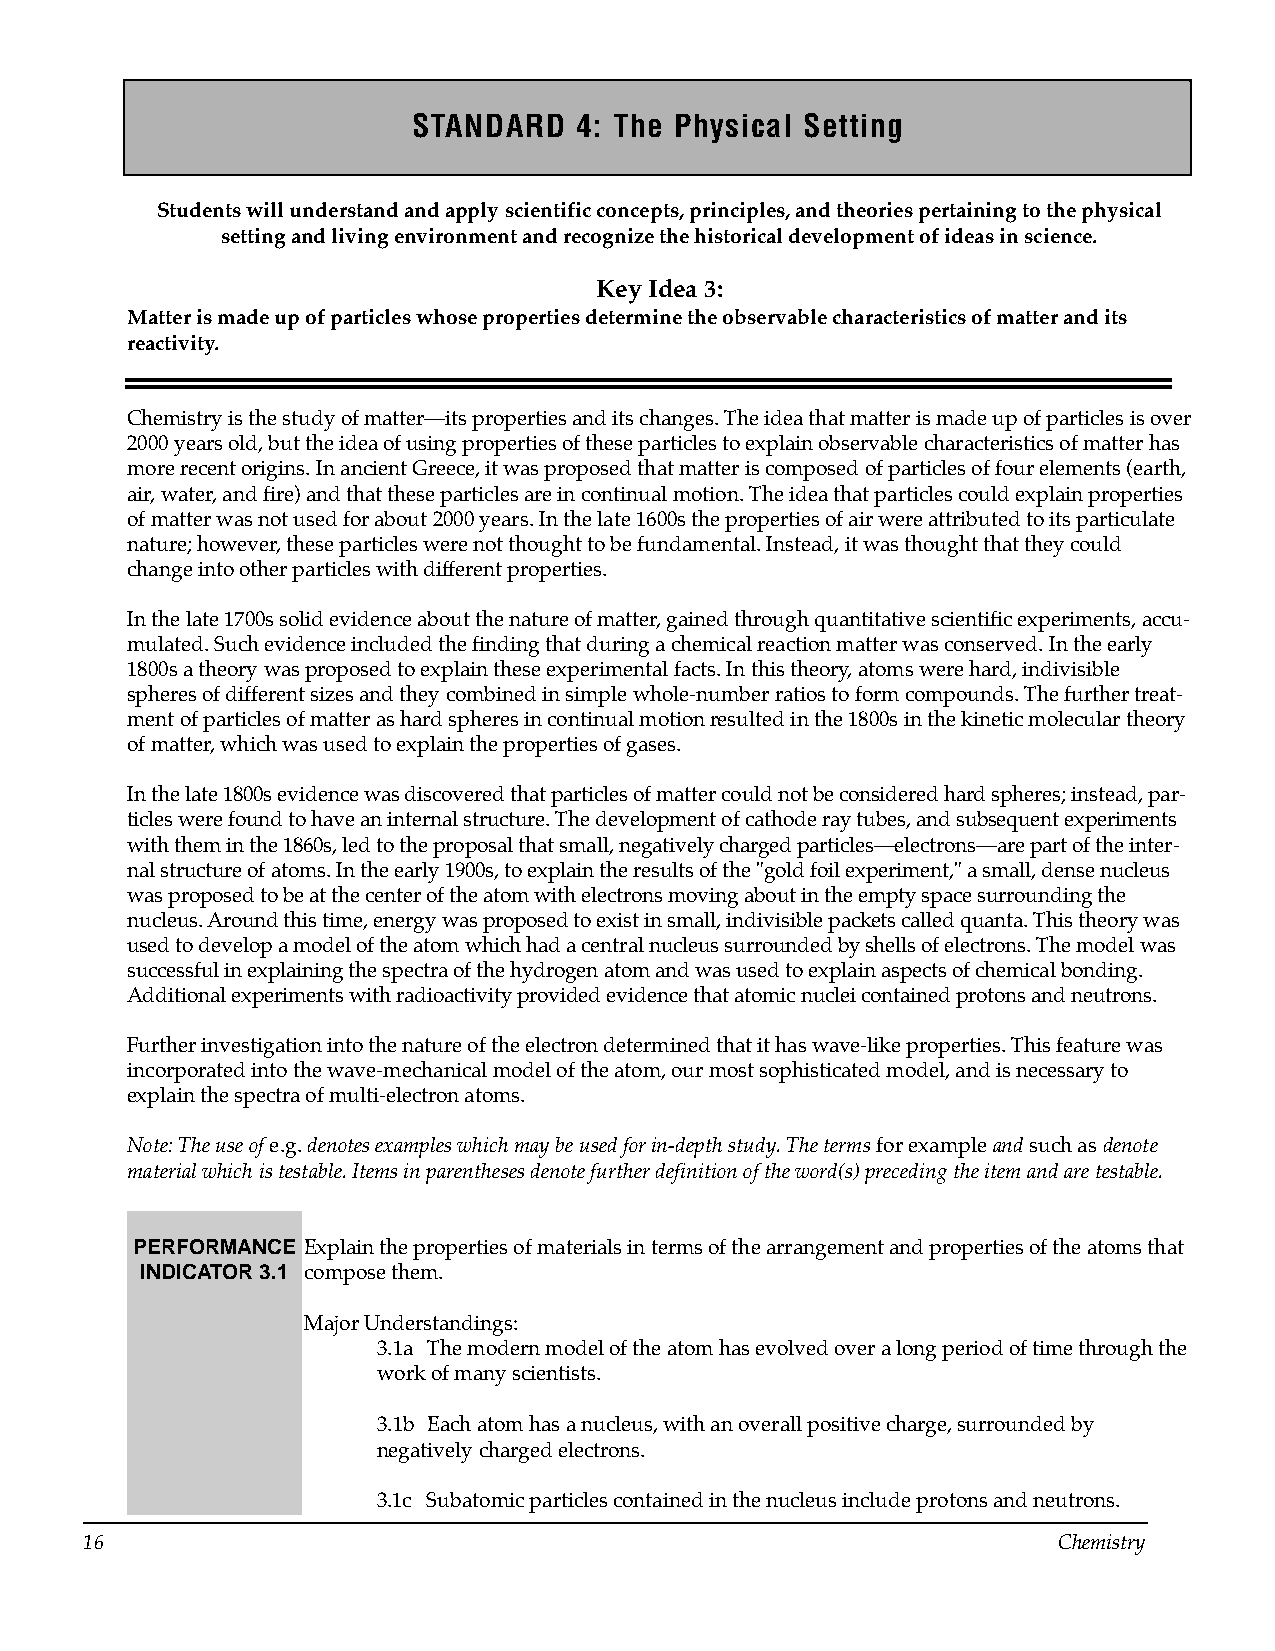
STANDARD   4: The Physical Setting
 Students will understand and apply scientific concepts, principles, and theories pertaining to the physical
 setting and living environment and recognize the historical development of ideas in science.
 Key Idea 3:
 Matter is made up of particles whose properties determine the observable characteristics of matter and its
 reactivity.
 Chemistry is the study of matter—its properties and its changes. The idea that matter is made up of particles is over
 2000 years old, but the idea of using properties of these particles to explain observable characteristics of matter has
 more recent origins. In ancient Greece, it was proposed that matter is composed of particles of four elements (earth,
 air, water, and fire) and that these particles are in continual motion. The idea that particles could explain properties
 of matter was not used for about 2000 years. In the late 1600s the properties of air were attributed to its particulate
 nature; however, these particles were not thought to be fundamental. Instead, it was thought that they could
 change into other particles with different properties.
 In the late 1700s solid evidence about the nature of matter, gained through quantitative scientific experiments, accu­
 mulated. Such evidence included the finding that during a chemical reaction matter was conserved. In the early
 1800s a theory was proposed to explain these experimental facts. In this theory, atoms were hard, indivisible
 spheres of different sizes and they combined in simple whole-number ratios to form compounds. The further treat­
 ment of particles of matter as hard spheres in continual motion resulted in the 1800s in the kinetic molecular theory
 of matter, which was used to explain the properties of gases.
 In the late 1800s evidence was discovered that particles of matter could not be considered hard spheres; instead, par­
 ticles were found to have an internal structure. The development of cathode ray tubes, and subsequent experiments
 with them in the 1860s, led to the proposal that small, negatively charged particles—electrons—are part of the inter­
 nal structure of atoms. In the early 1900s, to explain the results of the "gold foil experiment," a small, dense nucleus
 was proposed to be at the center of the atom with electrons moving about in the empty space surrounding the
 nucleus. Around this time, energy was proposed to exist in small, indivisible packets called quanta. This theory was
 used to develop a model of the atom which had a central nucleus surrounded by shells of electrons. The model was
 successful in explaining the spectra of the hydrogen atom and was used to explain aspects of chemical bonding.
 Additional experiments with radioactivity provided evidence that atomic nuclei contained protons and neutrons.
 Further investigation into the nature of the electron determined that it has wave-like properties. This feature was
 incorporated into the wave-mechanical model of the atom, our most sophisticated model, and is necessary to
 explain the spectra of multi-electron atoms.
 Note: The use of e.g. denotes examples which may be used for in-depth study. The terms for example and such as denote
 material which is testable. Items in parentheses denote further definition of the word(s) preceding the item and are testable.
 PERFORMANCE Explain the properties of materials in terms of the arrangement and properties of the atoms that
 INDICATOR 3.1 compose them.
 Major Understandings:
 3.1a The modern model of the atom has evolved over a long period of time through the
 work of many scientists.
 3.1b Each atom has a nucleus, with an overall positive charge, surrounded by
 negatively charged electrons.
 3.1c Subatomic particles contained in the nucleus include protons and neutrons.
 16                                                              Chemistry